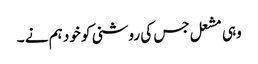
وہی مشعل جس کی روشنی کو خود ہم نے ۔